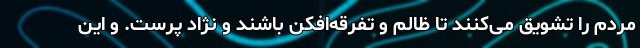
مردم را تشویق می‌کنند تا ظالم و تفرقه‌افکن باشند و نژاد پرست. و این